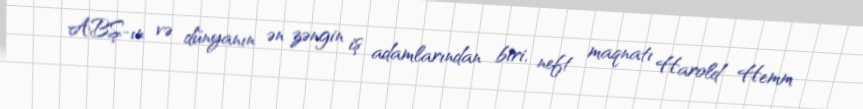
ABŞ-ın və dünyanın ən zəngin iş adamlarından biri, neft maqnatı Harold Hemm